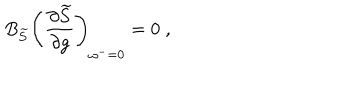
B _ { \widetilde { S } } \left( \frac { \partial \widetilde { S } } { \partial g } \right) _ { \omega ^ { - } = 0 } = 0 \; ,